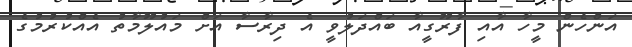
އަންހެން މީހާ އާއި ފާރޫގީއާ ބައްދަލުވީ އެ ދިރާސާ އަށް މައުލޫމާތު އެއްކުރުމުގެ